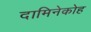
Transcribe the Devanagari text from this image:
दामिनेकोह